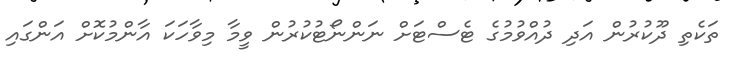
ތަކެތި ދޫކުރުން އަދި ދުއްވުމުގެ ޓެސްޓަށް ނަންނޯޓުކުރުން ވީމާ މިވާހަކަ އާންމުކޮށް އަންގައި